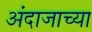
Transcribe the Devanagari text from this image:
अंदाजाच्या